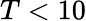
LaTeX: T<10